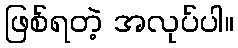
ဖြစ်ရတဲ့ အလုပ်ပါ။